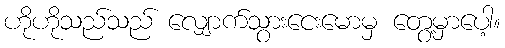
ဟိုဟိုသည်သည် လျှောက်သွားငေးမောမှ တွေ့မှာပေါ့။